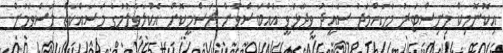
އިކޮނޮމިކް މިނިސްޓަރު މުހައްމަދު ސައީދު ވިދާޅުވީ އެއްބަސްވުން ރަސްމީކޮށް އެކުލަވާލުމުގެ މަސައްކަތް ލަސްވަމުން